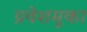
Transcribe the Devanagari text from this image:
प्रवेशमूका